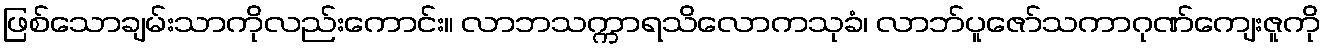
ဖြစ်သောချမ်းသာကိုလည်းကောင်း။ လာဘသက္ကာရသိလောကသုခံ၊ လာဘ်ပူဇော်သကာဂုဏ်ကျေးဇူကို